Plague in India, 1896, 1897 - Volume 3
Year: 1896
Disease focus: Plague
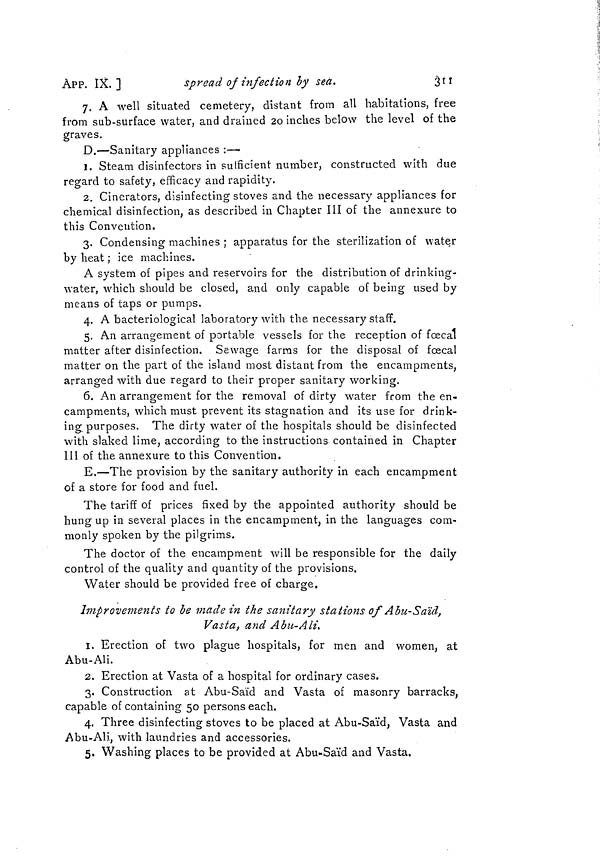
APP. IX.]
spread of infection by sea.
311
7. A well situated cemetery, distant from all habitations, free
from sub-surface water, and drained 20 inches below the level of the
graves.
D.—Sanitary appliances :—
1. Steam disinfectors in sufficient number, constructed with due
regard to safety, efficacy and rapidity.
2. Generators, disinfecting stoves and the necessary appliances for
chemical disinfection, as described in Chapter III of the annexure to
this Convention.
3. Condensing machines ; apparatus for the sterilization of water
by heat ; ice machines.
A system of pipes and reservoirs for the distribution of drinking-
water, which should be closed, and only capable of being used by
means of taps or pumps.
4. A bacteriological laboratory with the necessary staff.
5. An arrangement of portable vessels for the reception of fcecal
matter after disinfection. Sewage farms for the disposal of fcecal
matter on the part of the island most distant from the encampments,
arranged with due regard to their proper sanitary working.
6. An arrangement for the removal of dirty water from the en-
campments, which must prevent its stagnation and its use for drink-
ing purposes. The dirty water of the hospitals should be disinfected
with slaked lime, according to the instructions contained in Chapter
111 of the annexure to this Convention.
E.—The provision by the sanitary authority in each encampment
of a store for food and fuel.
The tariff of prices fixed by the appointed authority should be
hung up in several places in the encampment, in the languages com-
monly spoken by the pilgrims.
The doctor of the encampment will be responsible for the daily
control of the quality and quantity of the provisions.
Water should be provided free of charge.
Improvements to be made in the sanitary stations of Abu-Saïd,
Vasta, and Abu-Ali.
1. Erection of two plague hospitals, for men and women, at
Abu-Ali.
2. Erection at Vasta of a hospital for ordinary cases.
3. Construction at Abu-Saïd and Vasta of masonry barracks,
capable of containing 50 persons each.
4. Three disinfecting stoves to be placed at Abu-Saïd, Vasta and
Abu-Ali, with laundries and accessories.
5. Washing places to be provided at Abu-Saïd and Vasta.